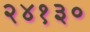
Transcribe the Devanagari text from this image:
२४१३०